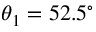
\theta _ { 1 } = 5 2 . 5 ^ { \circ }